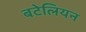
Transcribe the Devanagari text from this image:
बटेलियन